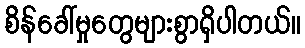
စိန်ခေါ်မှုတွေများစွာရှိပါတယ်။